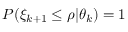
P ( \xi _ { k + 1 } \le \rho | \theta _ { k } ) = 1